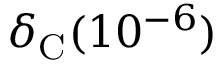
\delta _ { \mathrm { C } } ( 1 0 ^ { - 6 } )